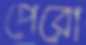
পেরো